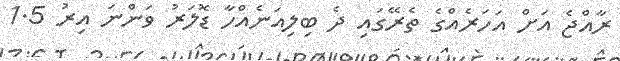
ރާއްޖެ އަށް އަހަރެއްގެ ތެރޭގައި ދެ ބިލިއަނެއްހާ ޑޮލަރު ވަންނަ އިރު 1.5